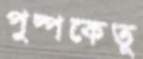
পুষ্পকেতু